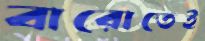
বারোতেই